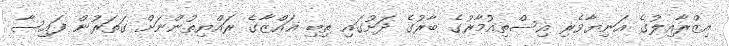
އިޒްރާއިލުގެ އަނިޔާވެރި އިސްތިއުމާރުގެ ބާރުގެ ދަށުގައި ތިބި ޣައްޒާގެ ރައްޔިތުންނަށް ގަތަރުން ފައިސާ